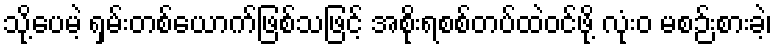
သို့ပေမဲ့ ရှမ်းတစ်ယောက်ဖြစ်သဖြင့် အစိုးရစစ်တပ်ထဲဝင်ဖို့ လုံးဝ မစဉ်းစားခဲ့၊